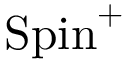
\operatorname { S p i n } ^ { + }